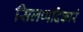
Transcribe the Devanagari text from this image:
सिलप्पदिकारं